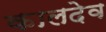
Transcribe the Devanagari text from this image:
कालदेव